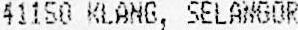
41150 KLANG, SELANGOR